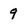
Character: 9